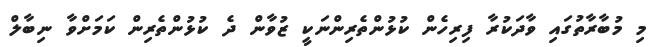
މި މުބާރާތުގައި ވާދަކުރާ ފިރިހެން ކުޅުންތެރިންނަކީ ޒުވާން ދެ ކުޅުންތެރިން ކަމަށްވާ ނިބާލް